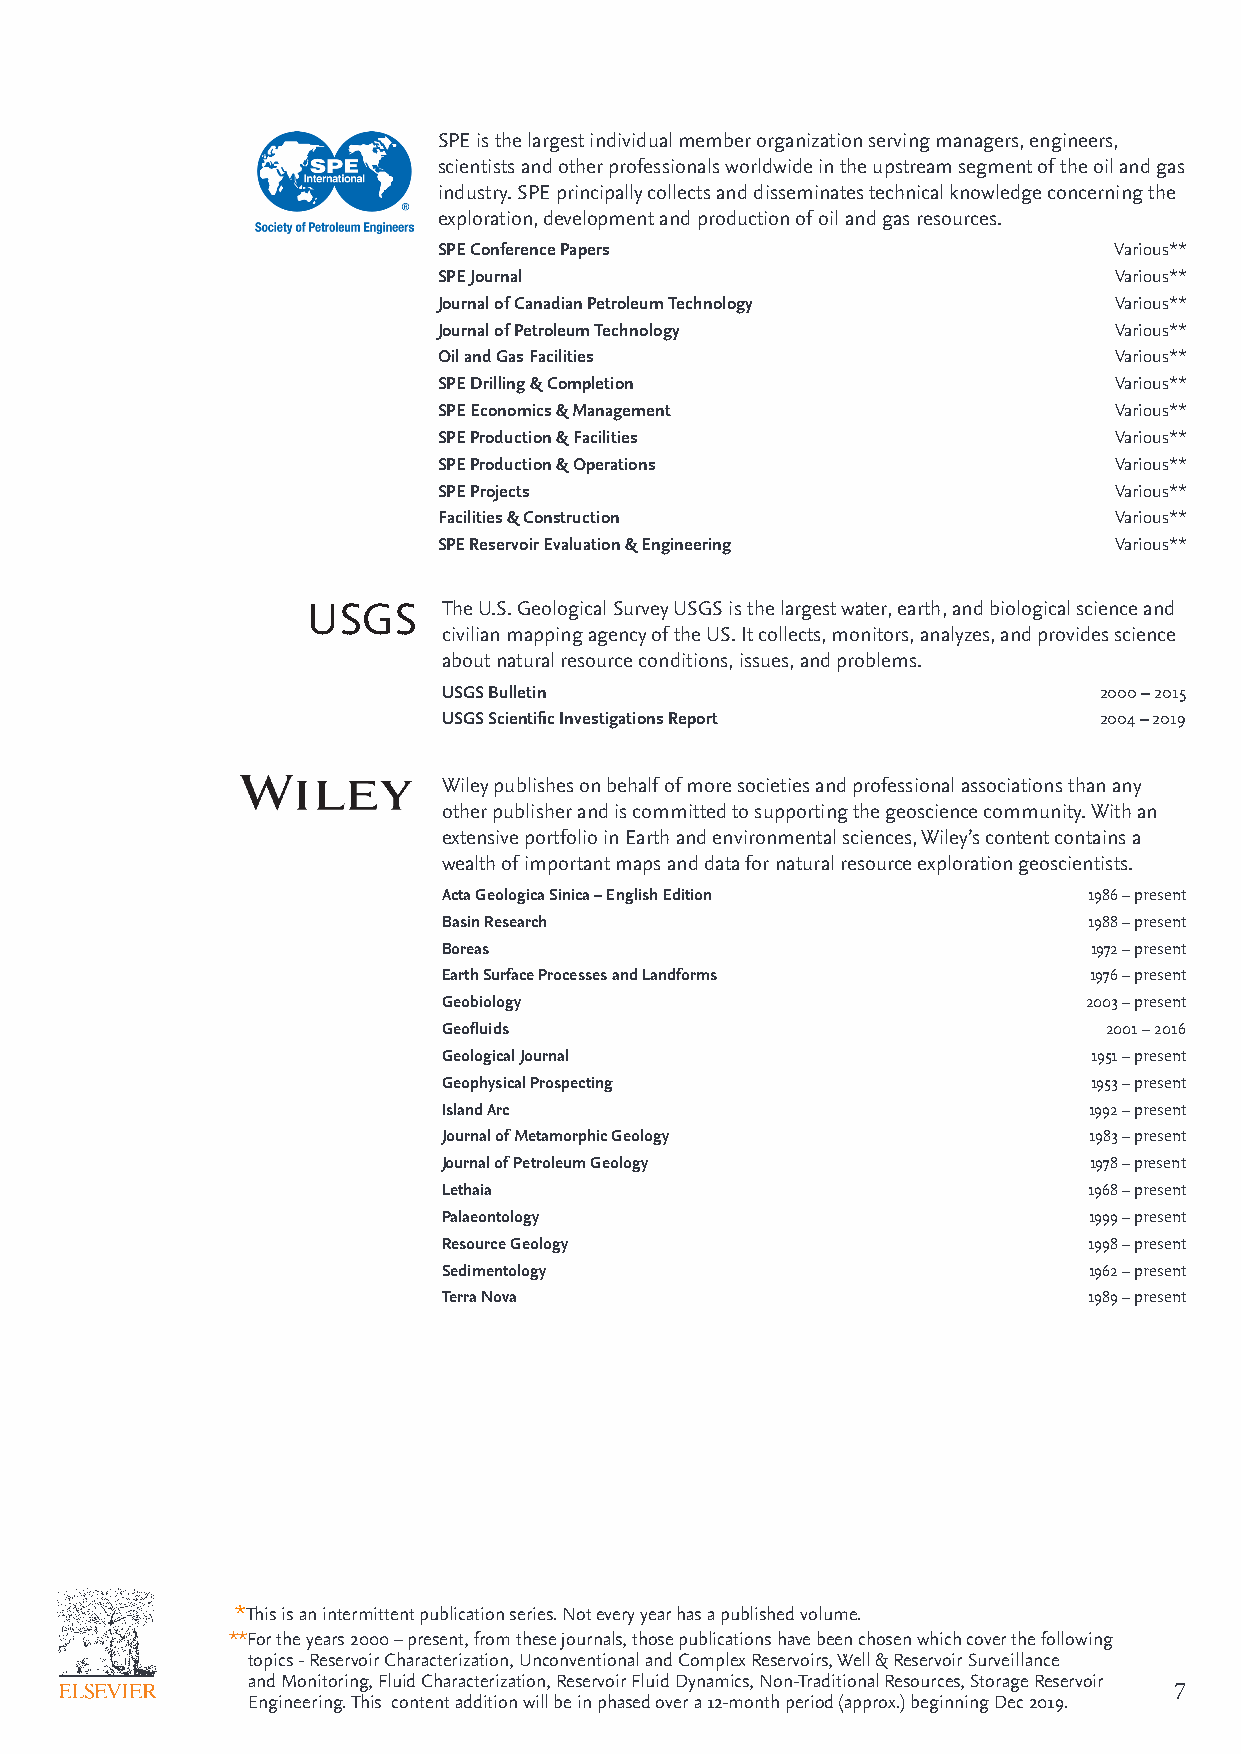
SPE is the largest individual member organization serving managers, engineers,
 scientists and other professionals worldwide in the upstream segment of the oil and gas
 industry. SPE principally collects and disseminates technical knowledge concerning the
 exploration, development and production of oil and gas resources.
 SPE Conference Papers                        Various**
 SPE Journal                                  Various**
 Journal of Canadian Petroleum Technology     Various**
 Journal of Petroleum Technology              Various**
 Oil and Gas Facilities                       Various**
 SPE Drilling & Completion                    Various**
 SPE Economics & Management                   Various**
 SPE Production & Facilities                  Various**
 SPE Production & Operations                  Various**
 SPE Projects                                 Various**
 Facilities & Construction                    Various**
 SPE Reservoir Evaluation & Engineering       Various**
 USGS     The U.S. Geological Survey USGS is the largest water, earth, and biological science and
 civilian mapping agency of the US. It collects, monitors, analyzes, and provides science
 about natural resource conditions, issues, and problems.
 USGS Bulletin                               2000 – 2015
 USGS Scientific Investigations Report       2004 – 2019
 Wiley publishes on behalf of more societies and professional associations than any
 other publisher and is committed to supporting the geoscience community. With an
 extensive portfolio in Earth and environmental sciences, Wiley’s content contains a
 wealth of important maps and data for natural resource exploration geoscientists.
 Acta Geologica Sinica – English Edition    1986 – present
 Basin Research                             1988 – present
 Boreas                                     1972 – present
 Earth Surface Processes and Landforms      1976 – present
 Geobiology                                 2003 – present
 Geofluids                                   2001 – 2016
 Geological Journal                         1951 – present
 Geophysical Prospecting                    1953 – present
 Island Arc                                 1992 – present
 Journal of Metamorphic Geology             1983 – present
 Journal of Petroleum Geology               1978 – present
 Lethaia                                    1968 – present
 Palaeontology                              1999 – present
 Resource Geology                           1998 – present
 Sedimentology                              1962 – present
 Terra Nova                                 1989 – present
 *This is an intermittent publication series. Not every year has a published volume.
 **For the years 2000 – present, from these journals, those publications have been chosen which cover the following
 topics - Reservoir Characterization, Unconventional and Complex Reservoirs, Well & Reservoir Surveillance
 and Monitoring, Fluid Characterization, Reservoir Fluid Dynamics, Non-Traditional Resources, Storage Reservoir
 6                                                                             7
 Engineering. This content addition will be in phased over a 12-month period (approx.) beginning Dec 2019.